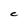
Character: C